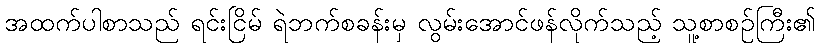
အထက်ပါစာသည် ရင်းငြိမ် ရဲဘက်စခန်းမှ လွမ်းအောင်ဖန်လိုက်သည့် သူ့စာစဉ်ကြီး၏